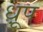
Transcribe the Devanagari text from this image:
ध़ूप